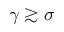
\gamma \gtrsim \sigma